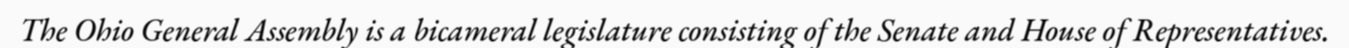
The Ohio General Assembly is a bicameral legislature consisting of the Senate and House of Representatives.